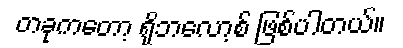
တခုကတော့ ရိုဘလော့စ် ဖြစ်ပါတယ်။